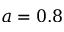
a = 0 . 8